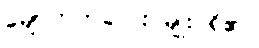
မျောက်ကလေး မျိုး ရှိ၏။